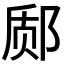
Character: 𫟬